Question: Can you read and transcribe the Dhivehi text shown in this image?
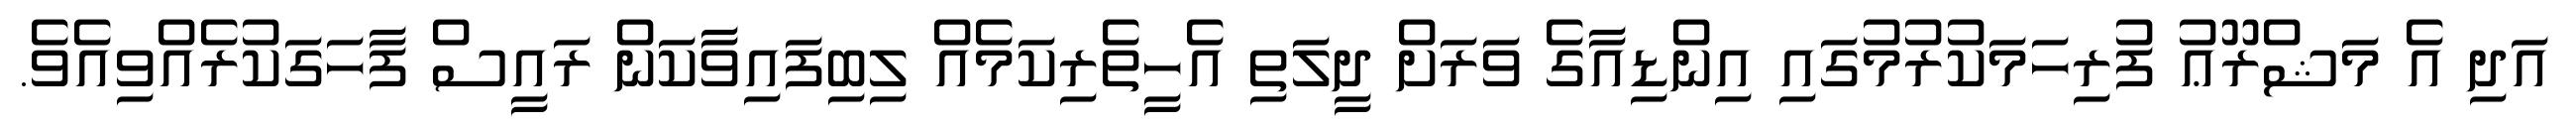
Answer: އަދި އެ މަޝްރޫޢު ފުރިހަމަކުރުމުގައި އިންޑިއާގެ ވަރަށް ދީލަތި އެހީތެރިކަމެއް ލިބިފައިވާކަން ރައީސް ފާހަގަކުރެއްވިއެވެ.